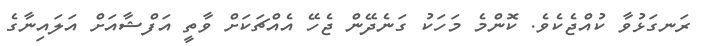
ރަނގަޅުވާ ކުއްޖެކެވެ. ކޮންމެ މަހަކު ގަނެދޭން ޖެހޭ އެއްޗަކަށް ވާތީ އަފްޝާއަށް އަލައިނާގެ